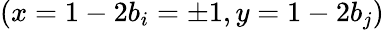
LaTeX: (x=1-2b_{i}=\pm 1,y=1-2b_{j})